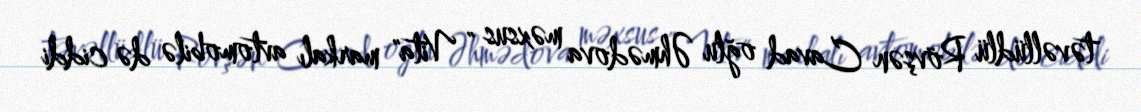
təvəllüdlü Rövşən Cavad oğlu Əhmədova məxsus " Vita" markalı avtomobilə də ciddi